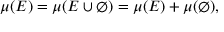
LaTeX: \mu ( E ) = \mu ( E \cup \varnothing ) = \mu ( E ) + \mu ( \varnothing ) ,